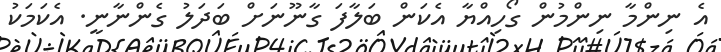
އެ ނިންމާ ނިންމުން ގޯހިއްޔާ އެކަން ބަލާފަ ގާނޫނަށް ބަދަލު ގެންނާނީ. އެކަމަކު